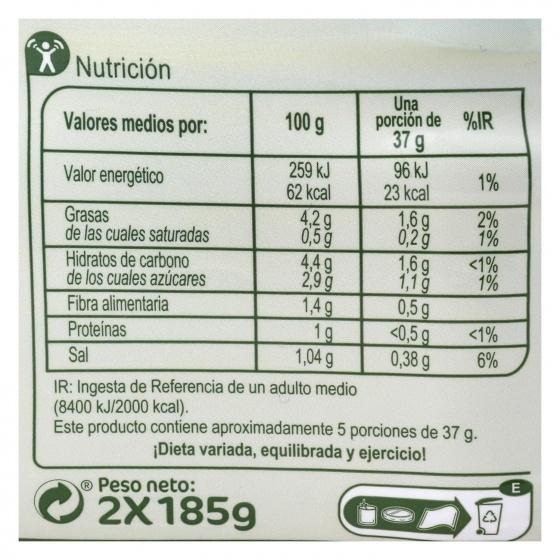
Nutrición
Una porción de %IR 37 g
Valores medios por:
100 g
Valor energético
259 kJ 62 kcal
96 kJ 23 kcal
1%
Grasas de las cuales saturadas
1,6g
2%
4,2g 0,5 g 4,4g 2,9 g 1,4 g 1g 1,04 g
0,2 g
1%
1,6g
<1%
Hidratos de carbono de los cuales azúcares Fibra alimentaria
1,1g
1%
0,5 g <0,5 g 0,38 g
<1% 6%
Proteínas
Sal
IR: Ingesta de Referencia de un adulto medio (8400 kJ/2000 kcal). Este producto contiene aproximadamente 5 porciones de 37 g.
¡Dieta variada, equilibrada y ejercicio!
® Peso neto:
2X1859
22615